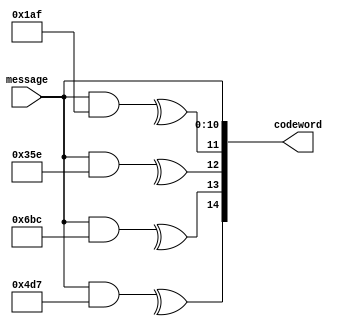
module SmartECC_encoder(input [10:0] message, output [14:0] codeword);

	assign codeword[10:0] = message[10:0];
	assign codeword[11] = ^(message&11'b00110101111);
	assign codeword[12] = ^(message&11'b01101011110);
	assign codeword[13] = ^(message&11'b11010111100);
	assign codeword[14] = ^(message&11'b10011010111);

endmodule